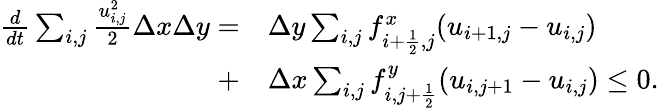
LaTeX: \begin{array}{rl}{\frac{d}{dt}\sum_{i,j}\frac{u_{i,j}^{2}}{2}\Delta x\Delta y=}&{\Delta y\sum_{i,j}f_{i+\frac{1}{2},j}^{x}(u_{i+1,j}-u_{i,j})}\\ {+}&{\Delta x\sum_{i,j}f_{i,j+\frac{1}{2}}^{y}(u_{i,j+1}-u_{i,j})\le 0.}\end{array}